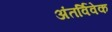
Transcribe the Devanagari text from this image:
अंतर्विवेक